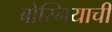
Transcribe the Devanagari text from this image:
बोस्नियाची